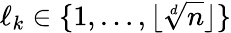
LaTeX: \ell_{k}\in\{ 1,\dots,\lfloor\sqrt[d]{n}\rfloor\}